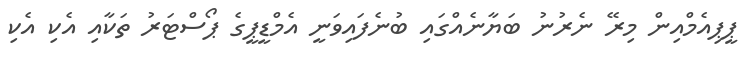
ޕީޕިއެމްއިން މިރޭ ނެރުނު ބަޔާނެއްގައި ބުނެފައިވަނީ އެމްޑީޕީގެ ޕޯސްޓަރު ތަކާއި އެކި އެކި